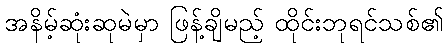
အနိမ့်ဆုံးဆုမဲမှာ ဖြန့်ချိမည့် ထိုင်းဘုရင်သစ်၏